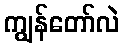
ကျွန်တော်လဲ